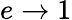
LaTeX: e\rightarrow 1